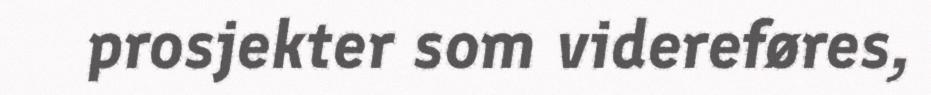
prosjekter som videreføres,